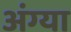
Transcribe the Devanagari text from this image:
अंग्या